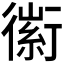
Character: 𧗼